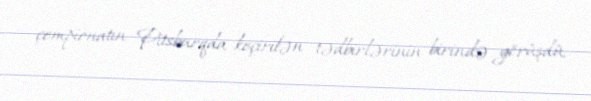
çempionatın Pitsburqda keçirilən tədbirlərinin birində görüşdü.